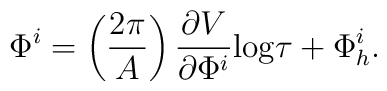
\Phi^i = \left(\frac{2\pi}{ A}\right)\frac{\partial V}{ \partial \Phi^i}        \mbox{log}\tau + \Phi^i_h .